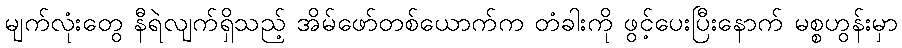
မျက်လုံးတွေ နီရဲလျက်ရှိသည့် အိမ်ဖော်တစ်ယောက်က တံခါးကို ဖွင့်ပေးပြီးနောက် မစ္စဟွန်းမှာ